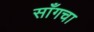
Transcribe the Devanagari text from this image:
साँगचा